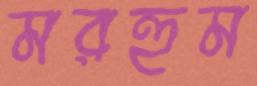
মরহুম